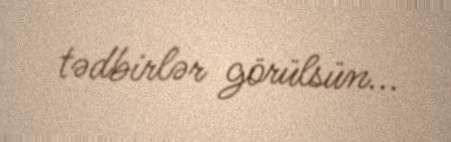
tədbirlər görülsün...